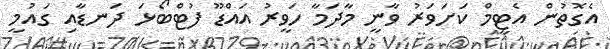
އެގޮތުން އެޓީމް ކަށަވަރު ވާނީ މާދަމާ ހަވީރު އައްޑޫ ފުޓްބޯޅަ ދަނޑާއި ގައުމީ